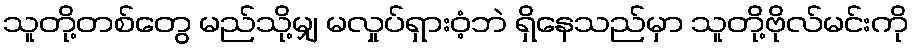
သူတို့တစ်တွေ မည်သို့မျှ မလှုပ်ရှားဝံ့ဘဲ ရှိနေသည်မှာ သူတို့ဗိုလ်မင်းကို